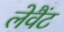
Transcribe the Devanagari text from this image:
लेवैंट